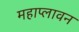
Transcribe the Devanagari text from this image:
महाप्लावन